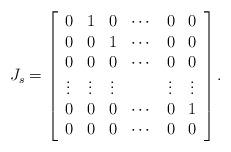
LaTeX: \begin{align*} J_s = \left[\begin{array}{cccccc} 0 & 1 & 0 & \cdots & 0 & 0 \\ 0 & 0 & 1 & \cdots & 0 & 0 \\ 0 & 0 & 0 & \cdots & 0 & 0 \\ \vdots & \vdots & \vdots & & \vdots & \vdots \\ 0 & 0 & 0 & \cdots & 0 & 1\\ 0 & 0 & 0 & \cdots & 0 & 0 \end{array} \right].\end{align*}